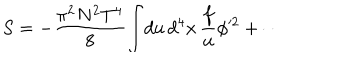
S = - { \frac { \pi ^ { 2 } N ^ { 2 } T ^ { 4 } } { 8 } } \! \int \! d u \, d ^ { 4 } x \, { \frac { f } { u } } \phi ^ { \prime 2 } + \cdots